Inquiry into the circumstances attending an outbreak of cholera in H. M.'s 18th Hussars at Secunderabad in the month of May
Year: 1871
Disease focus: Cholera
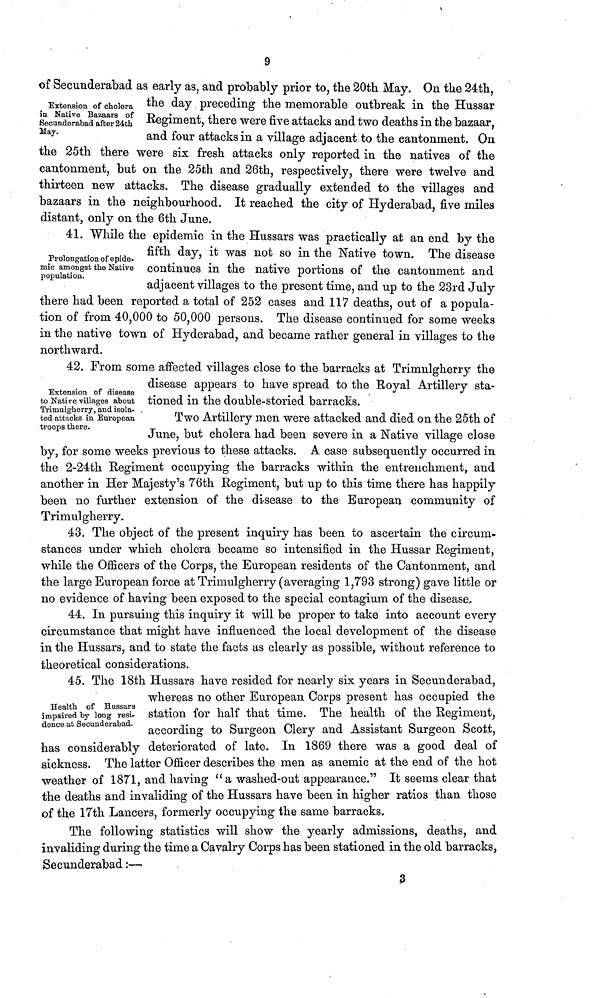
9
Extension of cholera
in Native Bazaars of
Secunderabad after 24th
May.
of Secunderabad as early as, and probably prior to, the 20th May. On the 24th,
the day preceding the memorable outbreak in the Hussar
Regiment, there were five attacks and two deaths in the bazaar,
and four attacks in a village adjacent to the cantonment. On
the 25th there were six fresh attacks only reported in the natives of the
cantonment, but on the 25th and 26th, respectively, there were twelve and
thirteen new attacks. The disease gradually extended to the villages and
bazaars in the neighbourhood. It reached the city of Hyderabad, five miles
distant, only on the 6th June.
Prolongation of e pide,
mic amongst the Native
population.
41. While the epidemic in the Hussars was practically at an end by the
fifth day, it was not so in the Native town. The disease
continues in the native portions of the cantonment and
adjacent villages to the present time, and up to the 23rd July
there had been reported a total of 252 cases and 117 deaths, out of a popula-
tion of from 40,000 to 50,000 persons. The disease continued for some weeks
in the native town of Hyderabad, and became rather general in villages to the
northward.
Extension of disease
to Native villages about
Trimulgherry, and isola-
ted attacks in European
troops there.
42. From some affected villages close to the barracks at Trimulgherry the
disease appears to have spread to the Royal Artillery sta-
tioned in the double-storied barracks.
Two Artillery men were attacked and died on the 25th of
June, but cholera had been severe in a Native village close
by, for some weeks previous to these attacks. A case subsequently occurred in
the 2-24th Regiment occupying the barracks within the entrenchment, and
another in Her Majesty's 76th Regiment, but up to this time there has happily
been no further extension of the disease to the European community of
Trimulgherry.
43. The object of the present inquiry has been to ascertain the circum-
stances under which cholera became so intensified in the Hussar Regiment,
while the Officers of the Corps, the European residents of the Cantonment, and
the large European force at Trimulgherry (averaging 1,793 strong) gave little or
no evidence of having been exposed to the special contagium of the disease.
44. In pursuing this inquiry it will be proper to take into account every
circumstance that might have influenced the local development of the disease
in the Hussars, and to state the facts as clearly as possible, without reference to
theoretical considerations.
Health of Hussars
impaired "by long resi-
dence at Secunderabad.
45. The 18th Hussars have resided for nearly six years in Secunderabad,
whereas no other European Corps present has occupied the
station for half that time. The health of the Regiment,
according to Surgeon Clery and Assistant Surgeon Scott,
has considerably deteriorated of late. In 1869 there was a good deal of
sickness. The latter Officer describes the men as anemic at the end of the hot
weather of 1871, and having " a washed-out appearance." It seems clear that
the deaths and invaliding of the Hussars have been in higher ratios than those
of the 17th Lancers, formerly occupying the same barracks.
The following statistics will show the yearly admissions, deaths, and
invaliding during the time a Cavalry Corps has been stationed in the old barracks,
Secunderabad :—
3